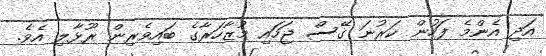
އަދި އެންމެ ފަހުން ކަރުނަ ގޭސް ޖަހައި މުޒާހަރާގެ ބައިވެރިން ރޫޅާލި އެވެ.